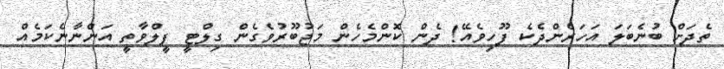
ތެދަށް ބުނެބަލަ އަހަރެންދެކެ ފޫހިވެއޭ! ދެން ކޮންމެހެން މަޖުބޫރުވެގެން ގިލްޓީ ފީލްވާތީ އަންނާނެކަމެއް